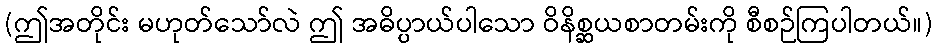
(ဤအတိုင်း မဟုတ်သော်လဲ ဤ အဓိပ္ပာယ်ပါသော ဝိနိစ္ဆယစာတမ်းကို စီစဉ်ကြပါတယ်။)